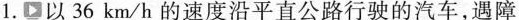
1.以36km/h的速度沿平直公路行驶的汽车，遇障